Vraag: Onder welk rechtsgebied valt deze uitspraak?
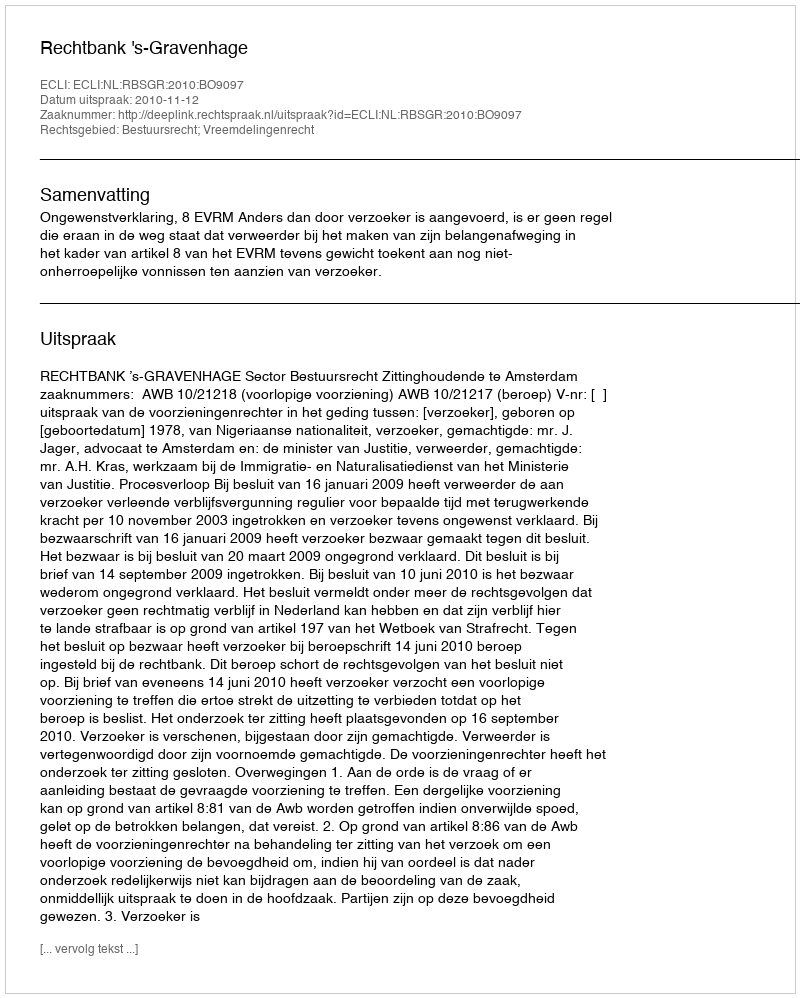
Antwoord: Bestuursrecht; Vreemdelingenrecht